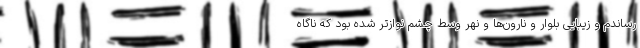
رساندم و زیبایی بلوار و نارون‌ها و نهر وسط چشم نوازتر شده بود که ناگاه